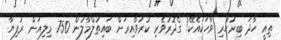
ތިއީ ހާދަ ބިރުހުރި ވާހަކައެކޭ! ގެދޮރުވެރި ކުރުވާއިރަށް ބައިތުލްމާލުން 750 މިލިއަން ރުފިޔާ